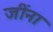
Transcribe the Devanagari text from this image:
जींना